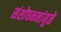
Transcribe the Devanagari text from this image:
संशोधननांमुळे